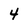
Character: 4